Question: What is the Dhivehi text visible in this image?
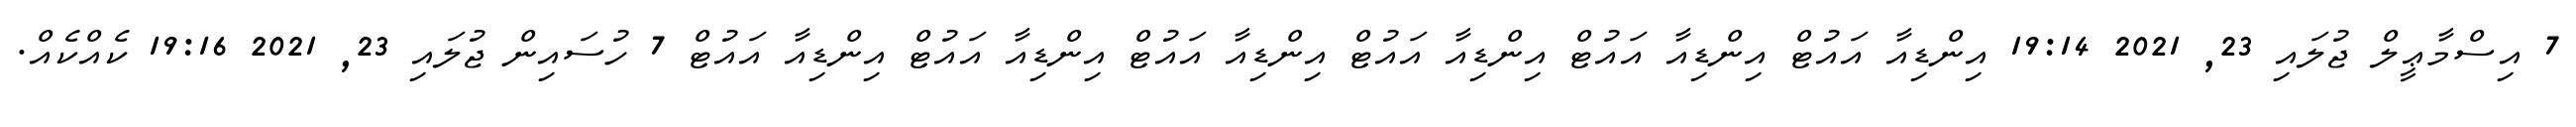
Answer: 7 އިސްމާޢީލް ޖުލައި 23, 2021 19:14 އިންޑިއާ އައުޓް އިންޑިއާ އައުޓް އިންޑިއާ އައުޓް އިންޑިއާ އައުޓް އިންޑިއާ އައުޓް އިންޑިއާ އައުޓް 7 ހުސައިން ޖުލައި 23, 2021 19:16 ކެއްކެއް.